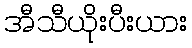
အီသီယိုးပီးယား